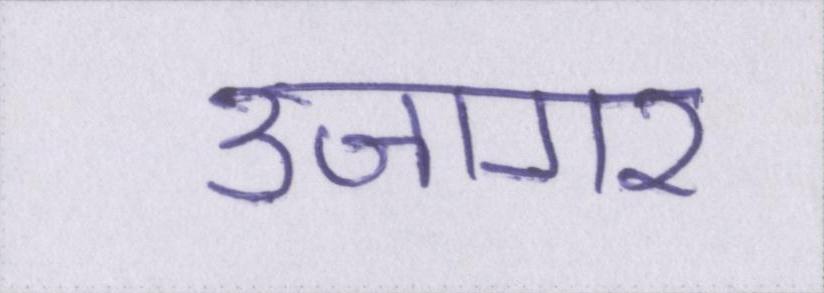
उजागर